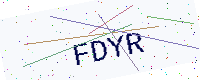
Text: FDYR